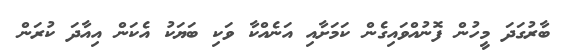
ބާރުގަދަ މީހުން ފޮނުއްވައިގެން ކަމަށާއި އަނެއްކާ ވަކި ބަޔަކު އެކަން އިއާދަ ކުރަން